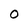
Character: 0